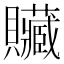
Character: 贜